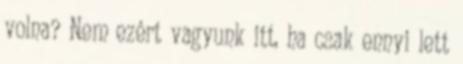
volna? Nem ezért vagyunk itt, ha csak ennyi lett